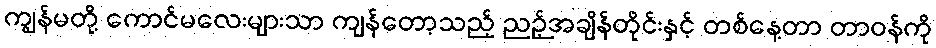
ကျွန်မတို့ ကောင်မလေးများသာ ကျန်တော့သည့် ညဉ့်အချိန်တိုင်းနှင့် တစ်နေ့တာ တာဝန်ကို